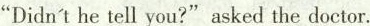
"Didn't he tell you?" asked the doctor.